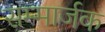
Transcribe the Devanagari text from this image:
सम्मार्जक